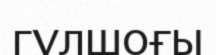
гүлшоғы